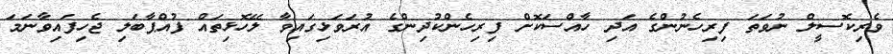
ވެރިކޮސީލް ނުވަތަ ފިރިހެނުންގެ އަދި ހާއްސަކޮށް ފިރިހެންކުދިންގެ އުރަވަޅިގައިވާ ލޭހޮޅިތައް ފުއްޕާބަލި ޖެހިފައިވާނަމަ